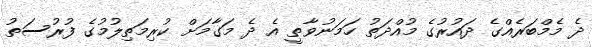
ދެ މެމްބަރެއްގެ ދައުރުގެ މުއްދަތު ހަމަނުވާތީ އެ ދެ މަގާމަށް ކުރިމަތިލުމުގެ ފުރުސަތު